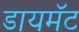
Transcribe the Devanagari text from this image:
डायमॅंट